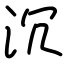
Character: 沉